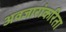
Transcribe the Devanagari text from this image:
अवजारांकरिता